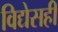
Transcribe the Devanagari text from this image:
विद्येसही